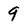
Character: 9